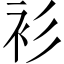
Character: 衫